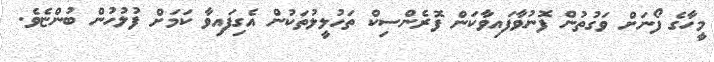
މީހާގެ ފޯނަށް ވަގުތުން ފޮނުވާފައިވާކަން ފޮރެންސިކް ތަހުލީލުތަކުން އެގިފައިވާ ކަމަށް ފުލުހުން ބުންޏެވެ.